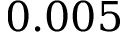
0 . 0 0 5